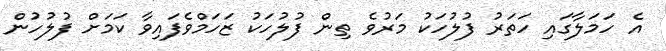
އެ ހަމަލާގައި ހަތަރު ފުލުހަކު މަރުވެ ތިން ފުލުހަކު ޒަހަމްވެފައިވާ ކަމަށް ފުލުހުން